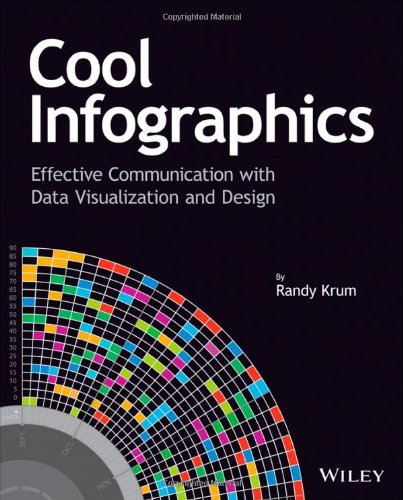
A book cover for Cool Infographics: Effective Communication with Data Visualization and Design; Randy Krum; Computers & Technology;